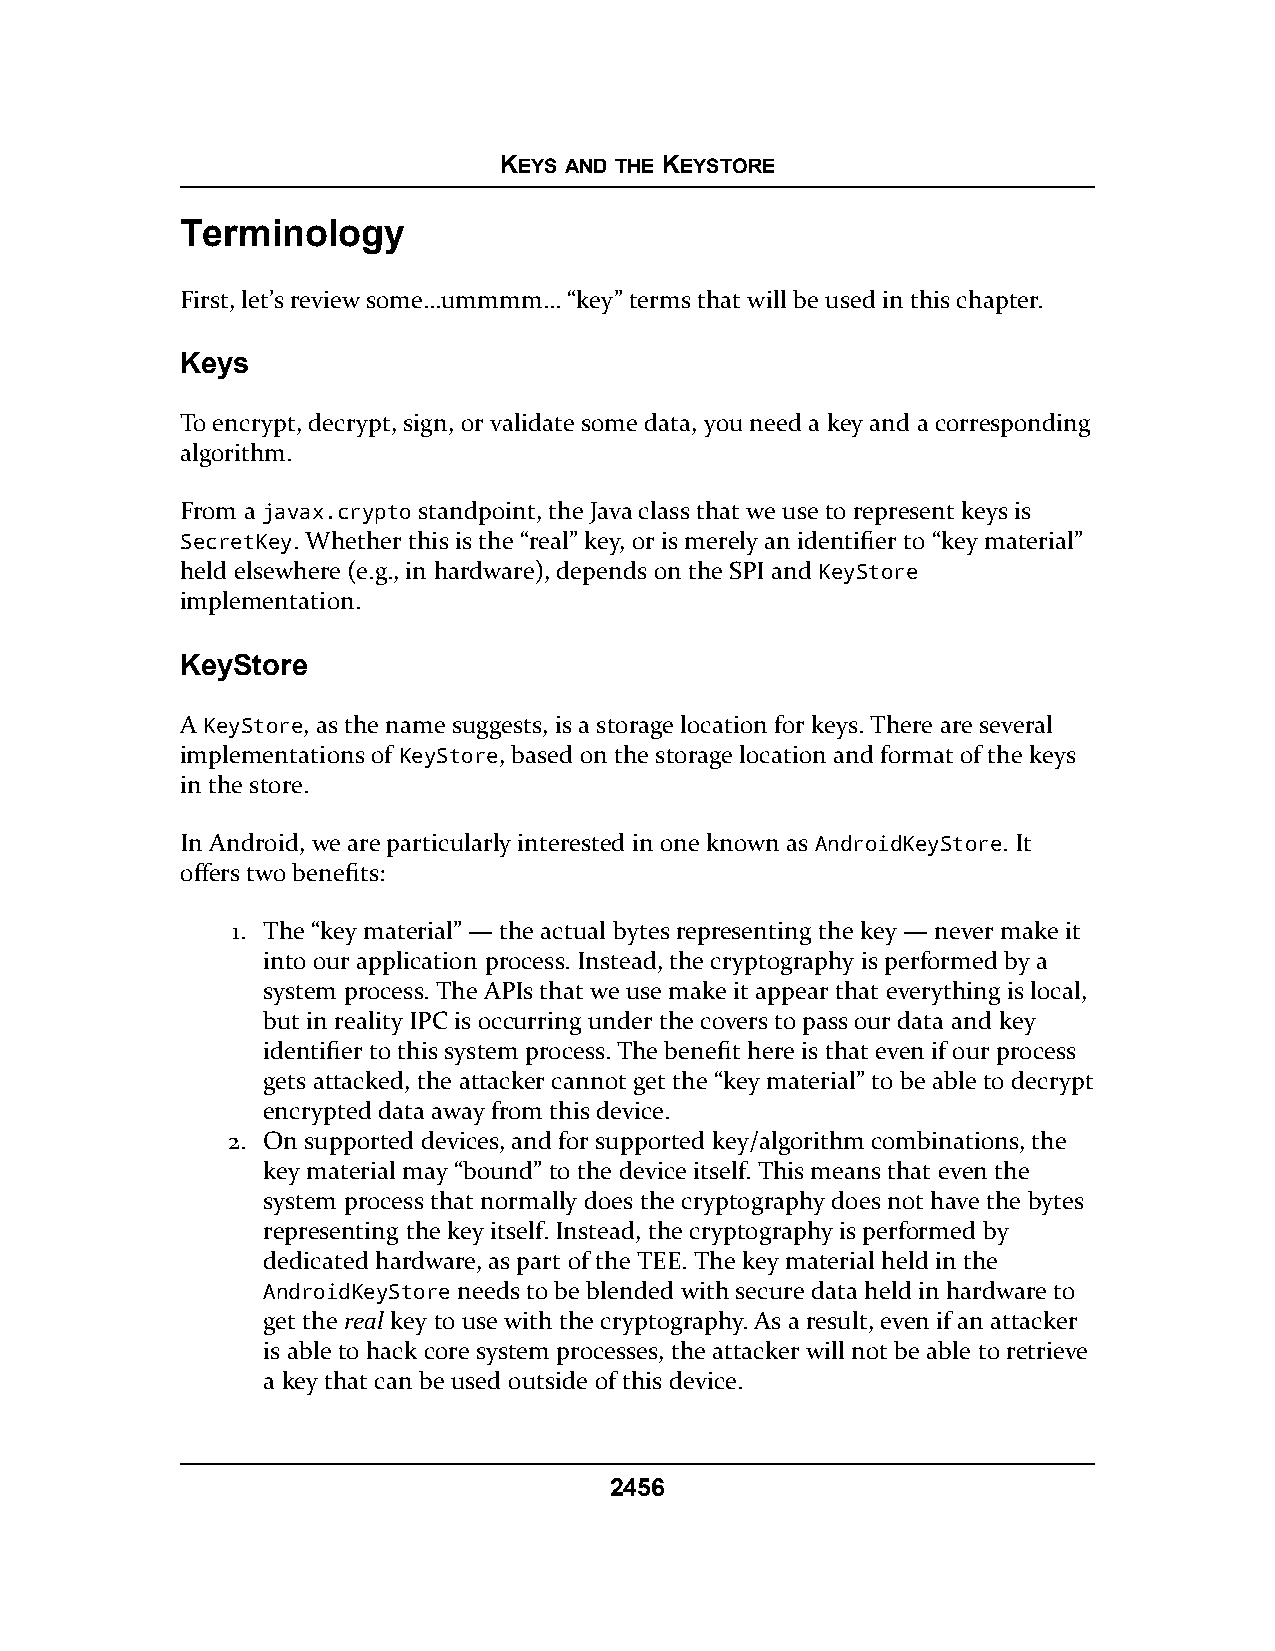
KEYS AND THE KEYSTORE
 Terminology
 First, let’s review some…ummmm… “key” terms that will be used in this chapter.
 Keys
 To encrypt, decrypt, sign, or validate some data, you need a key and a corresponding
 algorithm.
 From a javax.crypto standpoint, the Java class that we use to represent keys is
 SecretKey. Whether this is the “real” key, or is merely an identifier to “key material”
 held elsewhere (e.g., in hardware), depends on the SPI and KeyStore
 implementation.
 KeyStore
 A KeyStore, as the name suggests, is a storage location for keys. There are several
 implementations of KeyStore, based on the storage location and format of the keys
 in the store.
 In Android, we are particularly interested in one known as AndroidKeyStore. It
 offers two benefits:
 1. The “key material” — the actual bytes representing the key — never make it
 into our application process. Instead, the cryptography is performed by a
 system process. The APIs that we use make it appear that everything is local,
 but in reality IPC is occurring under the covers to pass our data and key
 identifier to this system process. The benefit here is that even if our process
 gets attacked, the attacker cannot get the “key material” to be able to decrypt
 encrypted data away from this device.
 2. On supported devices, and for supported key/algorithm combinations, the
 key material may “bound” to the device itself. This means that even the
 system process that normally does the cryptography does not have the bytes
 representing the key itself. Instead, the cryptography is performed by
 dedicated hardware, as part of the TEE. The key material held in the
 AndroidKeyStore needs to be blended with secure data held in hardware to
 get the real key to use with the cryptography. As a result, even if an attacker
 is able to hack core system processes, the attacker will not be able to retrieve
 a key that can be used outside of this device.
 2456